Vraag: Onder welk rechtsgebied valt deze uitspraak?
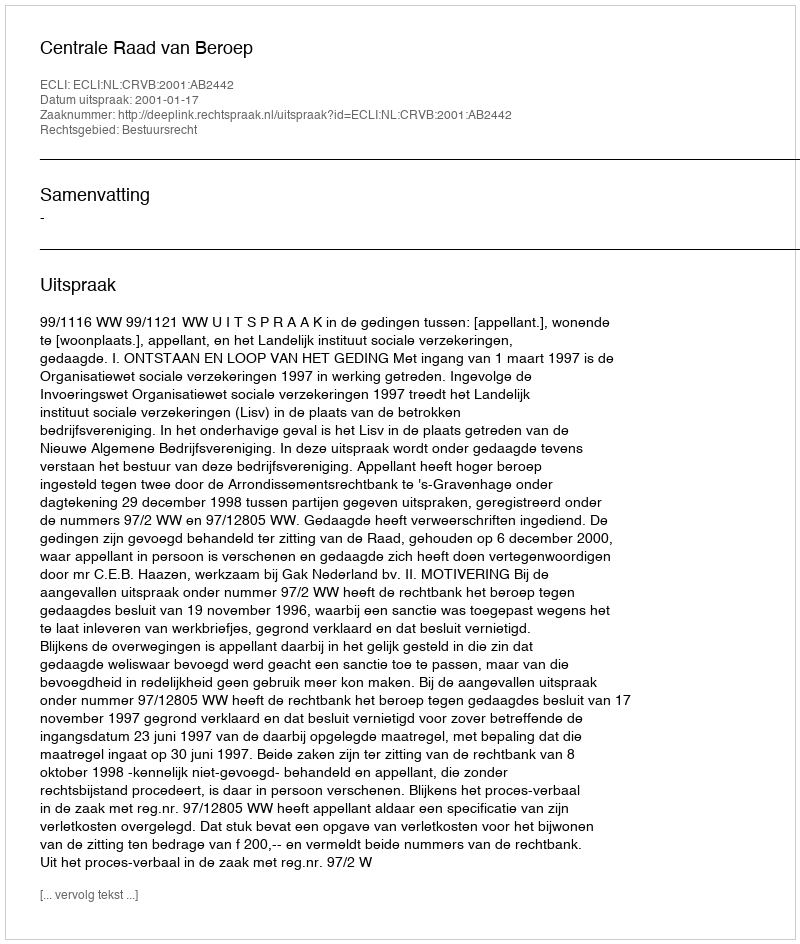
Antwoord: Bestuursrecht